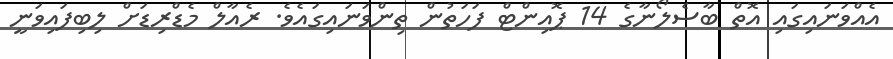
އެއްވަނައިގައި އޮތް ބާސެލޯނާގެ 14 ޕޮއިންޓް ފަހަތުން ތިންވަނައިގައެވެ. ރެއާލް މެޑްރިޑަށް ލިބިފައިވަނީ